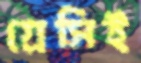
গ্রেসিই